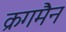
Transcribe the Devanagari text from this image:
क्रगमैन